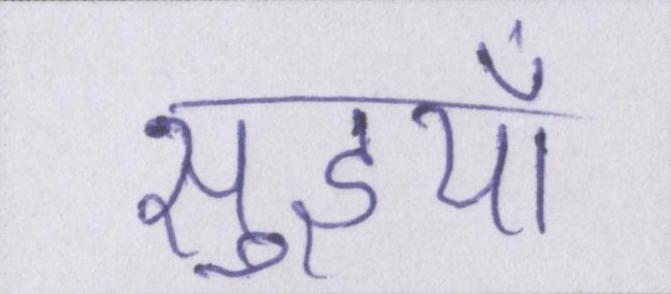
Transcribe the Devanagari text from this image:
सुइयाँ